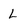
Character: L